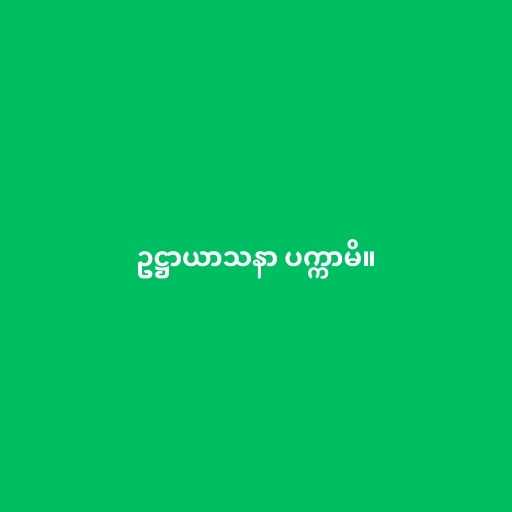
ဥဋ္ဌာယာသနာ ပက္ကာမိ။